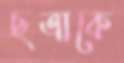
ছত্রাকে